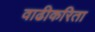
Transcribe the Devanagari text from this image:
वाढीकरिता